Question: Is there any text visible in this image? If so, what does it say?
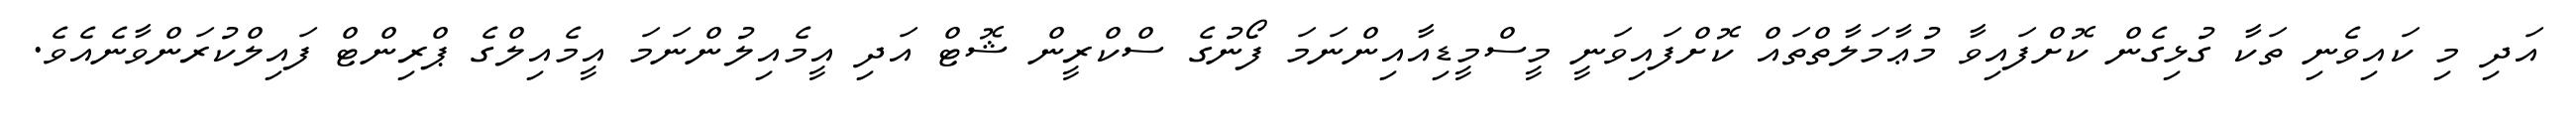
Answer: އަދި މި ކައިވެނި ތަކާ ގުޅިގެން ކޮށްފައިވާ މުޢާމަލާތްތައް ކޮށްފައިވަނީ މީސްމީޑިއާއިންނަމަ ފޯނުގެ ސްކްރީން ޝޮޓް އަދި އީމެއިލުންނަމަ އީމެއިލްގެ ޕްރިންޓް ފައިލްކުރަންވާނެއެވެ.